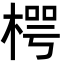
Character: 㮙